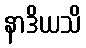
နာဒိယသိ